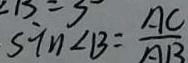
\sin \angle B = \frac { A C } { A B }